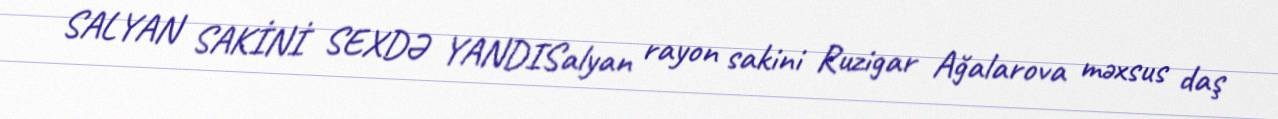
SALYAN SAKİNİ SEXDƏ YANDISalyan rayon sakini Ruzigar Ağalarova məxsus daş